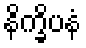
နိက္ခိပနံ